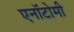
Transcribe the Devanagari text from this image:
एनॉटोमी